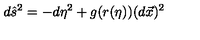
d \hat { s } ^ { 2 } = - d \eta ^ { 2 } + g ( r ( \eta ) ) ( d \vec { x } ) ^ { 2 }